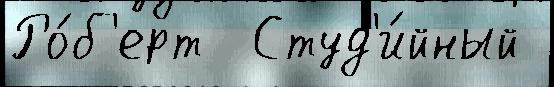
Ро́б'ерт  Студ'и́йный